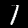
Label: 1